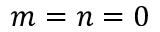
m = n = 0